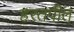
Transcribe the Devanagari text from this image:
हरतपीत